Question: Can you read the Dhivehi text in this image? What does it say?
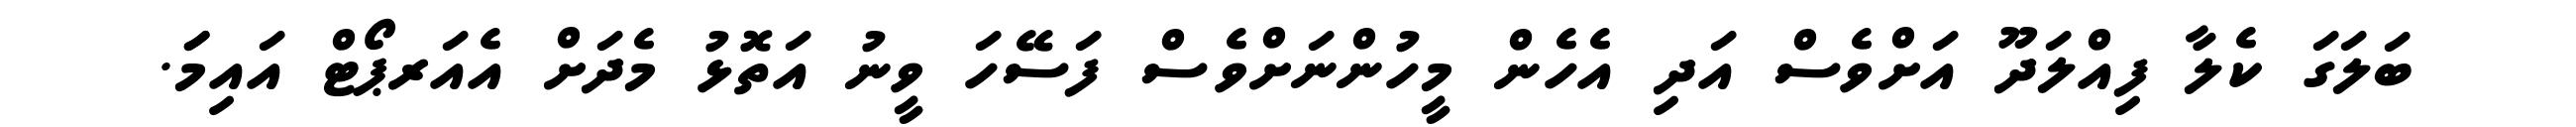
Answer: ބަލަގަ ކެލާ ފިއްލަދޫ އަށްވެސް އަދި އެހެން މީހުންނަށްވެސް ފަސޭހަ ވީނު އަތޮޅު މެދަށް އެއަރޕޯޓް އައިމަަ.